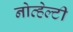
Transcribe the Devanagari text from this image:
नोव्हेल्टी